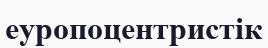
еуропоцентристік